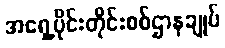
အရှေ့ပိုင်းတိုင်းစစ်ဌာနချုပ်